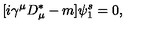
[ i \gamma ^ { \mu } D _ { \mu } ^ { \ast } - m ] \psi _ { 1 } ^ { s } = 0 , \,